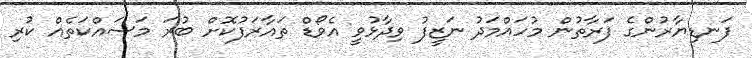
ފަނޑިޔާރުންގެ ފަރާތުން މުހައްމަދު ނަޒީފު ވިދާޅުވީ އެވޯޑް ތައާރަފުކޮށް ބުރަ މަސައްކަތެއް ކުރި